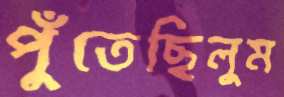
পুঁতেছিলুম